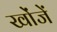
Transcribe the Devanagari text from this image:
खोंजें